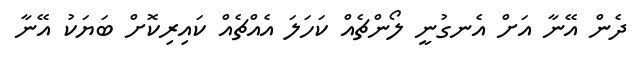
ދެން އޭނާ އަށް އެނގުނީ ލޯންޗެއް ކަހަލަ އެއްޗެއް ކައިރިކޮށް ބަޔަކު އޭނާ